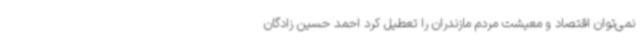
نمی‌توان اقتصاد و معیشت مردم مازندران را تعطیل کرد احمد حسین زادگان